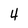
Character: 4